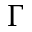
\Gamma